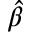
\hat { \beta }